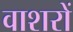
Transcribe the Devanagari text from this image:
वाशरों